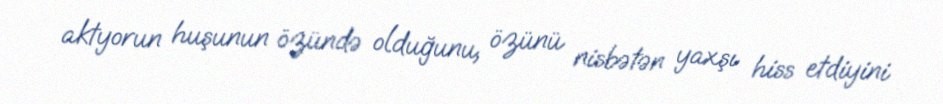
aktyorun huşunun özündə olduğunu, özünü nisbətən yaxşı hiss etdiyini